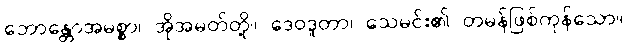
ဘောန္တောအမစ္စာ၊ အိုအမတ်တို့။ ဒေဝဒူတာ၊ သေမင်း၏ တမန်ဖြစ်ကုန်သော။